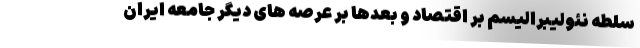
سلطه نئولیبرالیسم بر اقتصاد و بعدها بر عرصه های دیگر جامعه ایران